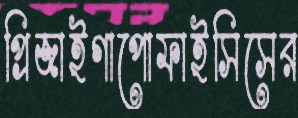
প্রিজাইগাপোফাইসিসের